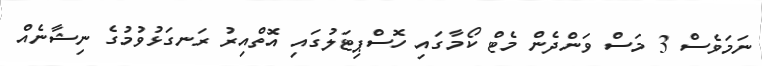
ނަމަވެސް 3 މަސް ވަންދެން މެޓް ކޯމާގައި ހޮސްޕިޓަލުގައި އޮތްއިރު ރަނގަޅުވުމުގެ ނިޝާނެއް